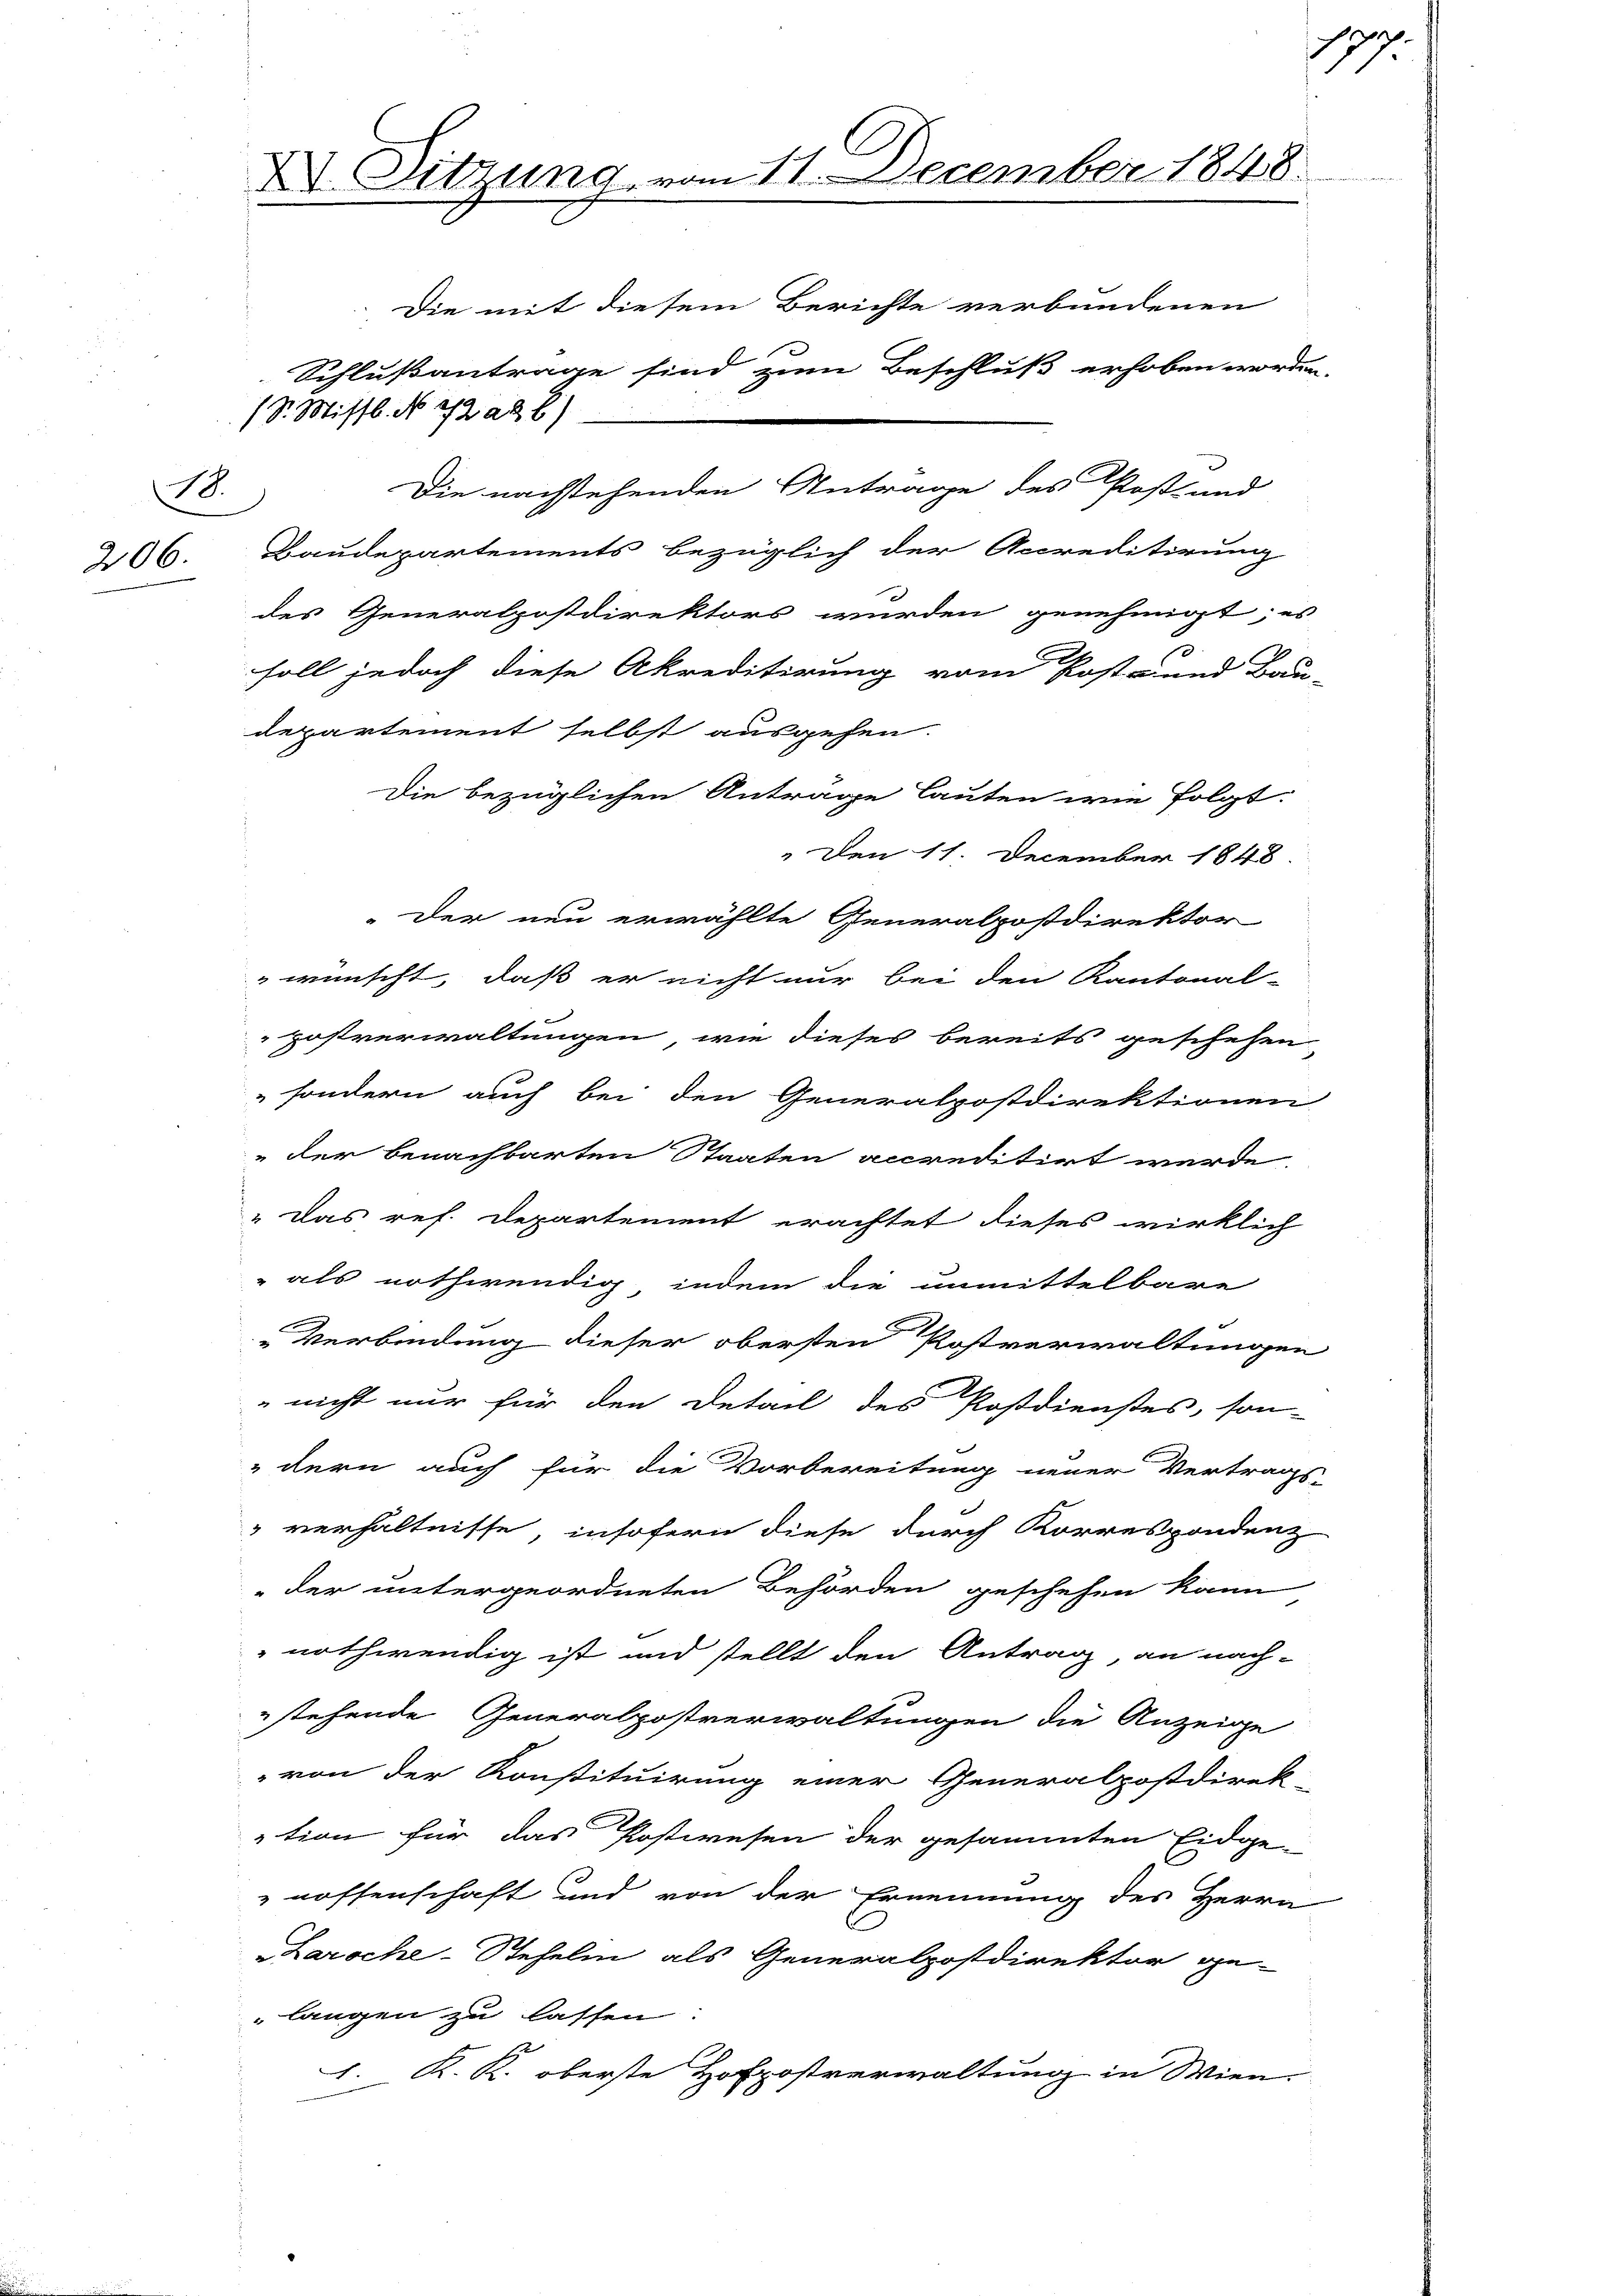
206.

18.

X Sitzung vom 11. December 1848

Die mit diesem Berichte verbundenen
Schlußantrage sind zum Beschluß erhoben worden.
/S. Missb. No 22. ad b.)
Die nachstehenden Antrage des Post- und
Baudepartements bezüglich der Accreditirung
des Generalpostdirektors wurden genehmigt; es
soll jedoch diese Akreditirung vom Post- und Bau-
departement selbst ausgehen.

Die bezüglichen Antrage lauten wie folgt.

Der neu erwählte Generalpostdirektor

„Den 11. December 1848.
 wünscht, daß er nicht nur bei den Kantonal-
Hostverwaltungen, wie dieses bereits geschehen
sondern auch bei den Generalpostdirektionen
" der benachbarten Staaten accreditirt wurde
" Das ref. Departement erachtet dieses wirklich
" als nothwendig, indem die unmittelbare
Verbindung dieser obersten Postverwaltungen
 nicht nur für den Detail des Postdienstes, son-
dern auch für die Vorbereitung neuer Vertrag
verhältnisse, insofern diese durch Korrespondenz
"der untergeordneten Behörden geschehen kann
nothwendig ist und stellt den Antrag, an nach-
stehende Generalpostverwaltungen die Anzeige
von der Konstituirung einer Generalpostdirek-
tion für das Postwesen der gesammten Eidge-
nossenschaft und von der Ernennung des Herrn
aroche-Steheli als Generalpostdirektor ge-
langen zu lassen.
1. K. K. oberste Hofpostverwaltung in Wien.

p